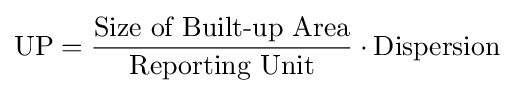
{\text{UP}}={\frac {\text{Size of Built-up Area}}{\text{Reporting Unit}}}\cdot {\text{Dispersion}}